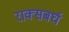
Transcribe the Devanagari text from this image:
राक्सबर्घ